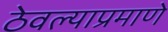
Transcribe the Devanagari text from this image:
ठेवल्याप्रमाणे